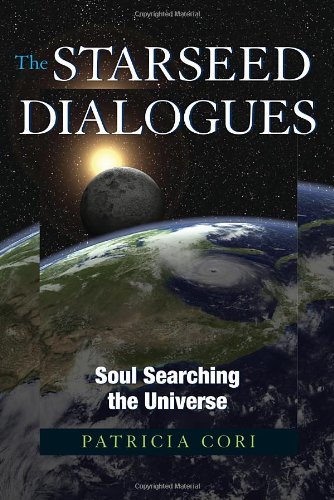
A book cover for The Starseed Dialogues: Soul Searching the Universe; Patricia Cori; History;